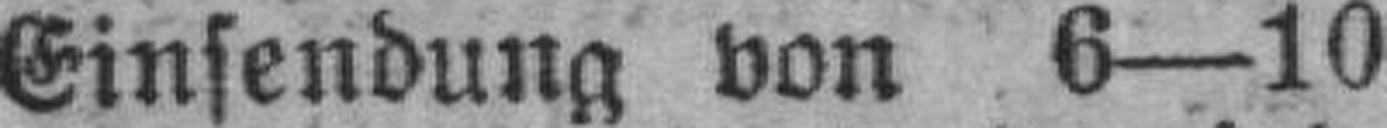
Einsendung von 6—10